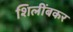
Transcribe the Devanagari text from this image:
शिलींबकर